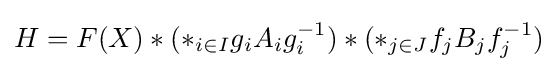
H=F(X)*(*_{i\in I}g_{i}A_{i}g_{i}^{-1})*(*_{j\in J}f_{j}B_{j}f_{j}^{-1})